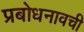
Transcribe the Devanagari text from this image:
प्रबोधनावची